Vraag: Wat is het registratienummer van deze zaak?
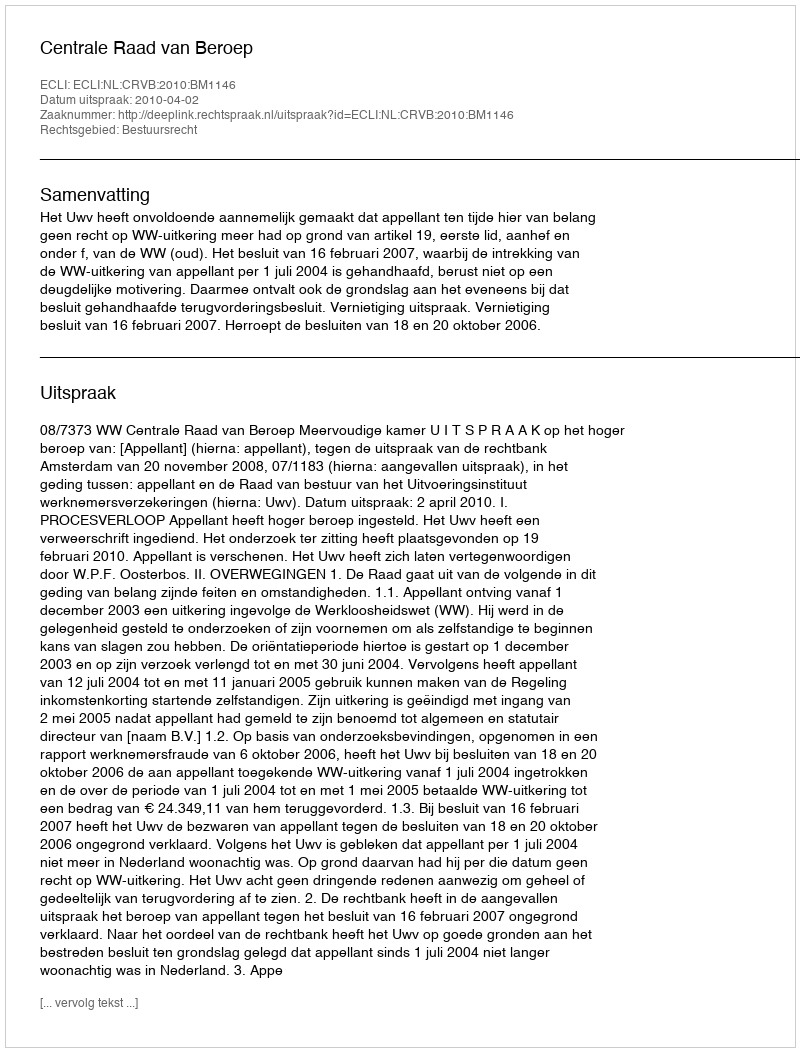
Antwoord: http://deeplink.rechtspraak.nl/uitspraak?id=ECLI:NL:CRVB:2010:BM1146